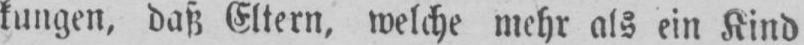
kungen, daß Eltern, welche mehr als ein Kind